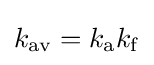
k_{\mathrm {av} }=k_{\mathrm {a} }k_{\mathrm {f} }